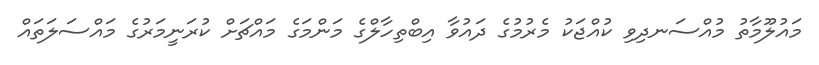
މައުލޫމާތު މުއްސަނދިވި ކުއްޖަކު މެރުމުގެ ދައުވާ އިބްތިހާލްގެ މަންމަގެ މައްޗަށް ކުރަނީމަރުގެ މައްސަލަތައް